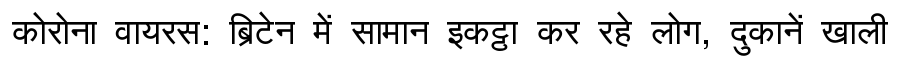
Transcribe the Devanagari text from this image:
कोरोना वायरस: ब्रिटेन में सामान इकट्ठा कर रहे लोग, दुकानें खाली